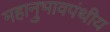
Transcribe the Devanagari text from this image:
महानुभावपंथीय